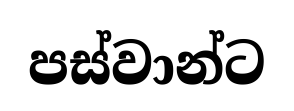
පස්වාන්ට